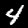
Label: 4